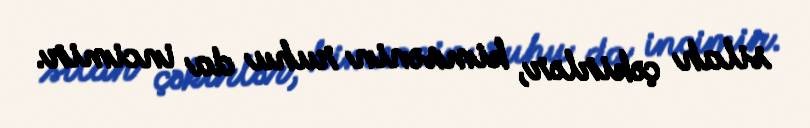
silah çəkirlər, kimsənin ruhu da incimir.